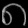
Digit: ၈